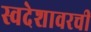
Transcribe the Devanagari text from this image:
स्वदेशावरची